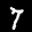
Label: 7